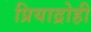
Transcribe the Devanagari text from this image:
प्रियाद्रोही